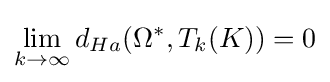
\lim \limits _{k\to \infty }d_{Ha}(\Omega ^{*},T_{k}(K))=0